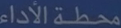
محطة-الاداء